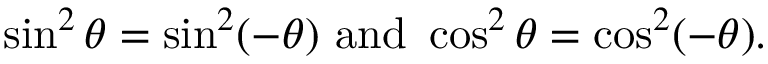
\sin ^ { 2 } \theta = \sin ^ { 2 } ( - \theta ) { \mathrm { ~ a n d ~ } } \cos ^ { 2 } \theta = \cos ^ { 2 } ( - \theta ) .